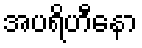
အပရိဟီနော